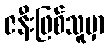
ဇနီးဖြစ်သူမှာ